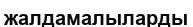
жалдамалыларды